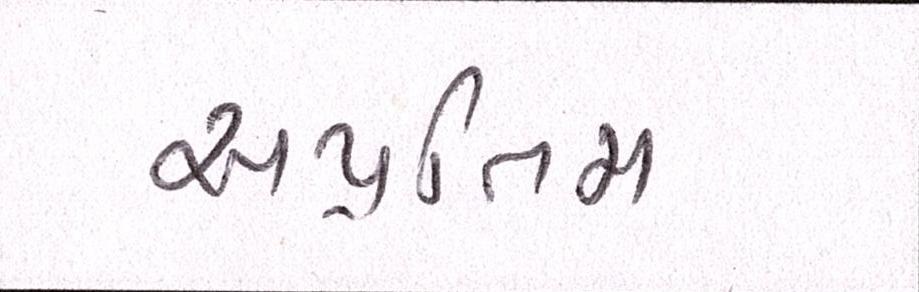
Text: અપ્રતિમ